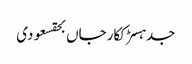
جدہسڑککارجاں بحقسعودی